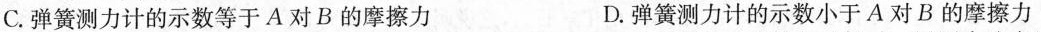
C.弹簧测力计的示数等于A对B的摩擦力 D.弹簧测力计的示数小于A对B的摩擦力